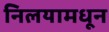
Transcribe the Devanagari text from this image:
निलयामधून